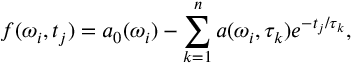
f ( \omega _ { i } , t _ { j } ) = a _ { 0 } ( \omega _ { i } ) - \sum _ { k = 1 } ^ { n } a ( \omega _ { i } , \tau _ { k } ) e ^ { - t _ { j } / { \tau _ { k } } } ,